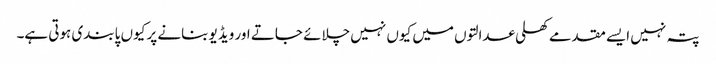
پتہ نہیں ایسے مقدمے کھلی عدالتوں میں کیوں نہیں چلائے جاتے اور ویڈیو بنانے پر کیوں پابندی ہوتی ہے۔